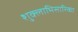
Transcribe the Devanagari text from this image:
शुक्लाभिसारिका